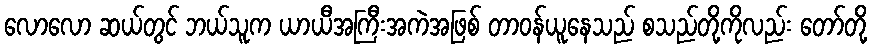
လောလော ဆယ်တွင် ဘယ်သူက ယာယီအကြီးအကဲအဖြစ် တာဝန်ယူနေသည် စသည်တို့ကိုလည်း တော်တို့